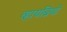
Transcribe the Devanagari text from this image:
व्हायब्रियो